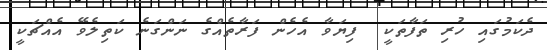
ދެކަމުގައި ހުރި ތަފާތަކީ  ފިޔަވާ އެހެން ފަރާތެއްގެ ނަންގަނެ ކަތިލެވޭ އެއްޗަކީ